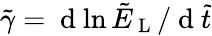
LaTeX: \tilde{\gamma}=\mathrm{~d~}{\ln\tilde{E}_{\mathrm{~L~}}}/\mathrm{~d~}\tilde{t}